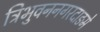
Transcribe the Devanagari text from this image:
त्रिभुवननगरदाङमे